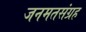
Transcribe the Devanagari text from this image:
जनमतसंग्रह